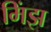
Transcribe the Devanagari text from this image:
मिंझ